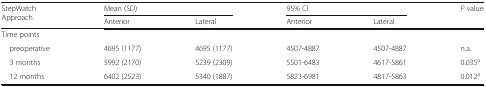
<table><thead><tr><td rowspan="2"><b>StepWatchApproach</b></td><td colspan="2"><b>Mean (SD)</b></td><td colspan="2"><b>95% Cl</b></td><td><b><i>P</i> value</b></td></tr><tr><td><b>Anterior</b></td><td><b>Lateral</b></td><td><b>Anterior</b></td><td><b>Lateral</b></td><td></td></tr></thead><tbody><tr><td colspan="6">Time points</td></tr><tr><td> preoperative</td><td>4695 (1177)</td><td>4695 (1177)</td><td>4507-4887</td><td>4507-4887</td><td>n.a.</td></tr><tr><td> 3 months</td><td>5992 (2170)</td><td>5239 (2309)</td><td>5501-6483</td><td>4617-5861</td><td>0.035<sup>a</sup></td></tr><tr><td> 12 months</td><td>6402 (2523)</td><td>5340 (1887)</td><td>5823-6981</td><td>4817-5863</td><td>0.012<sup>a</sup></td></tr></tbody></table>